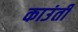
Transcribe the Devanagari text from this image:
काउंती